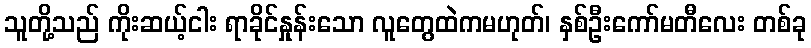
သူတို့သည် ကိုးဆယ့်ငါး ရာခိုင်နှုန်းသော လူတွေထဲကမဟုတ်၊ နှစ်ဦးကော်မတီလေး တစ်ခု